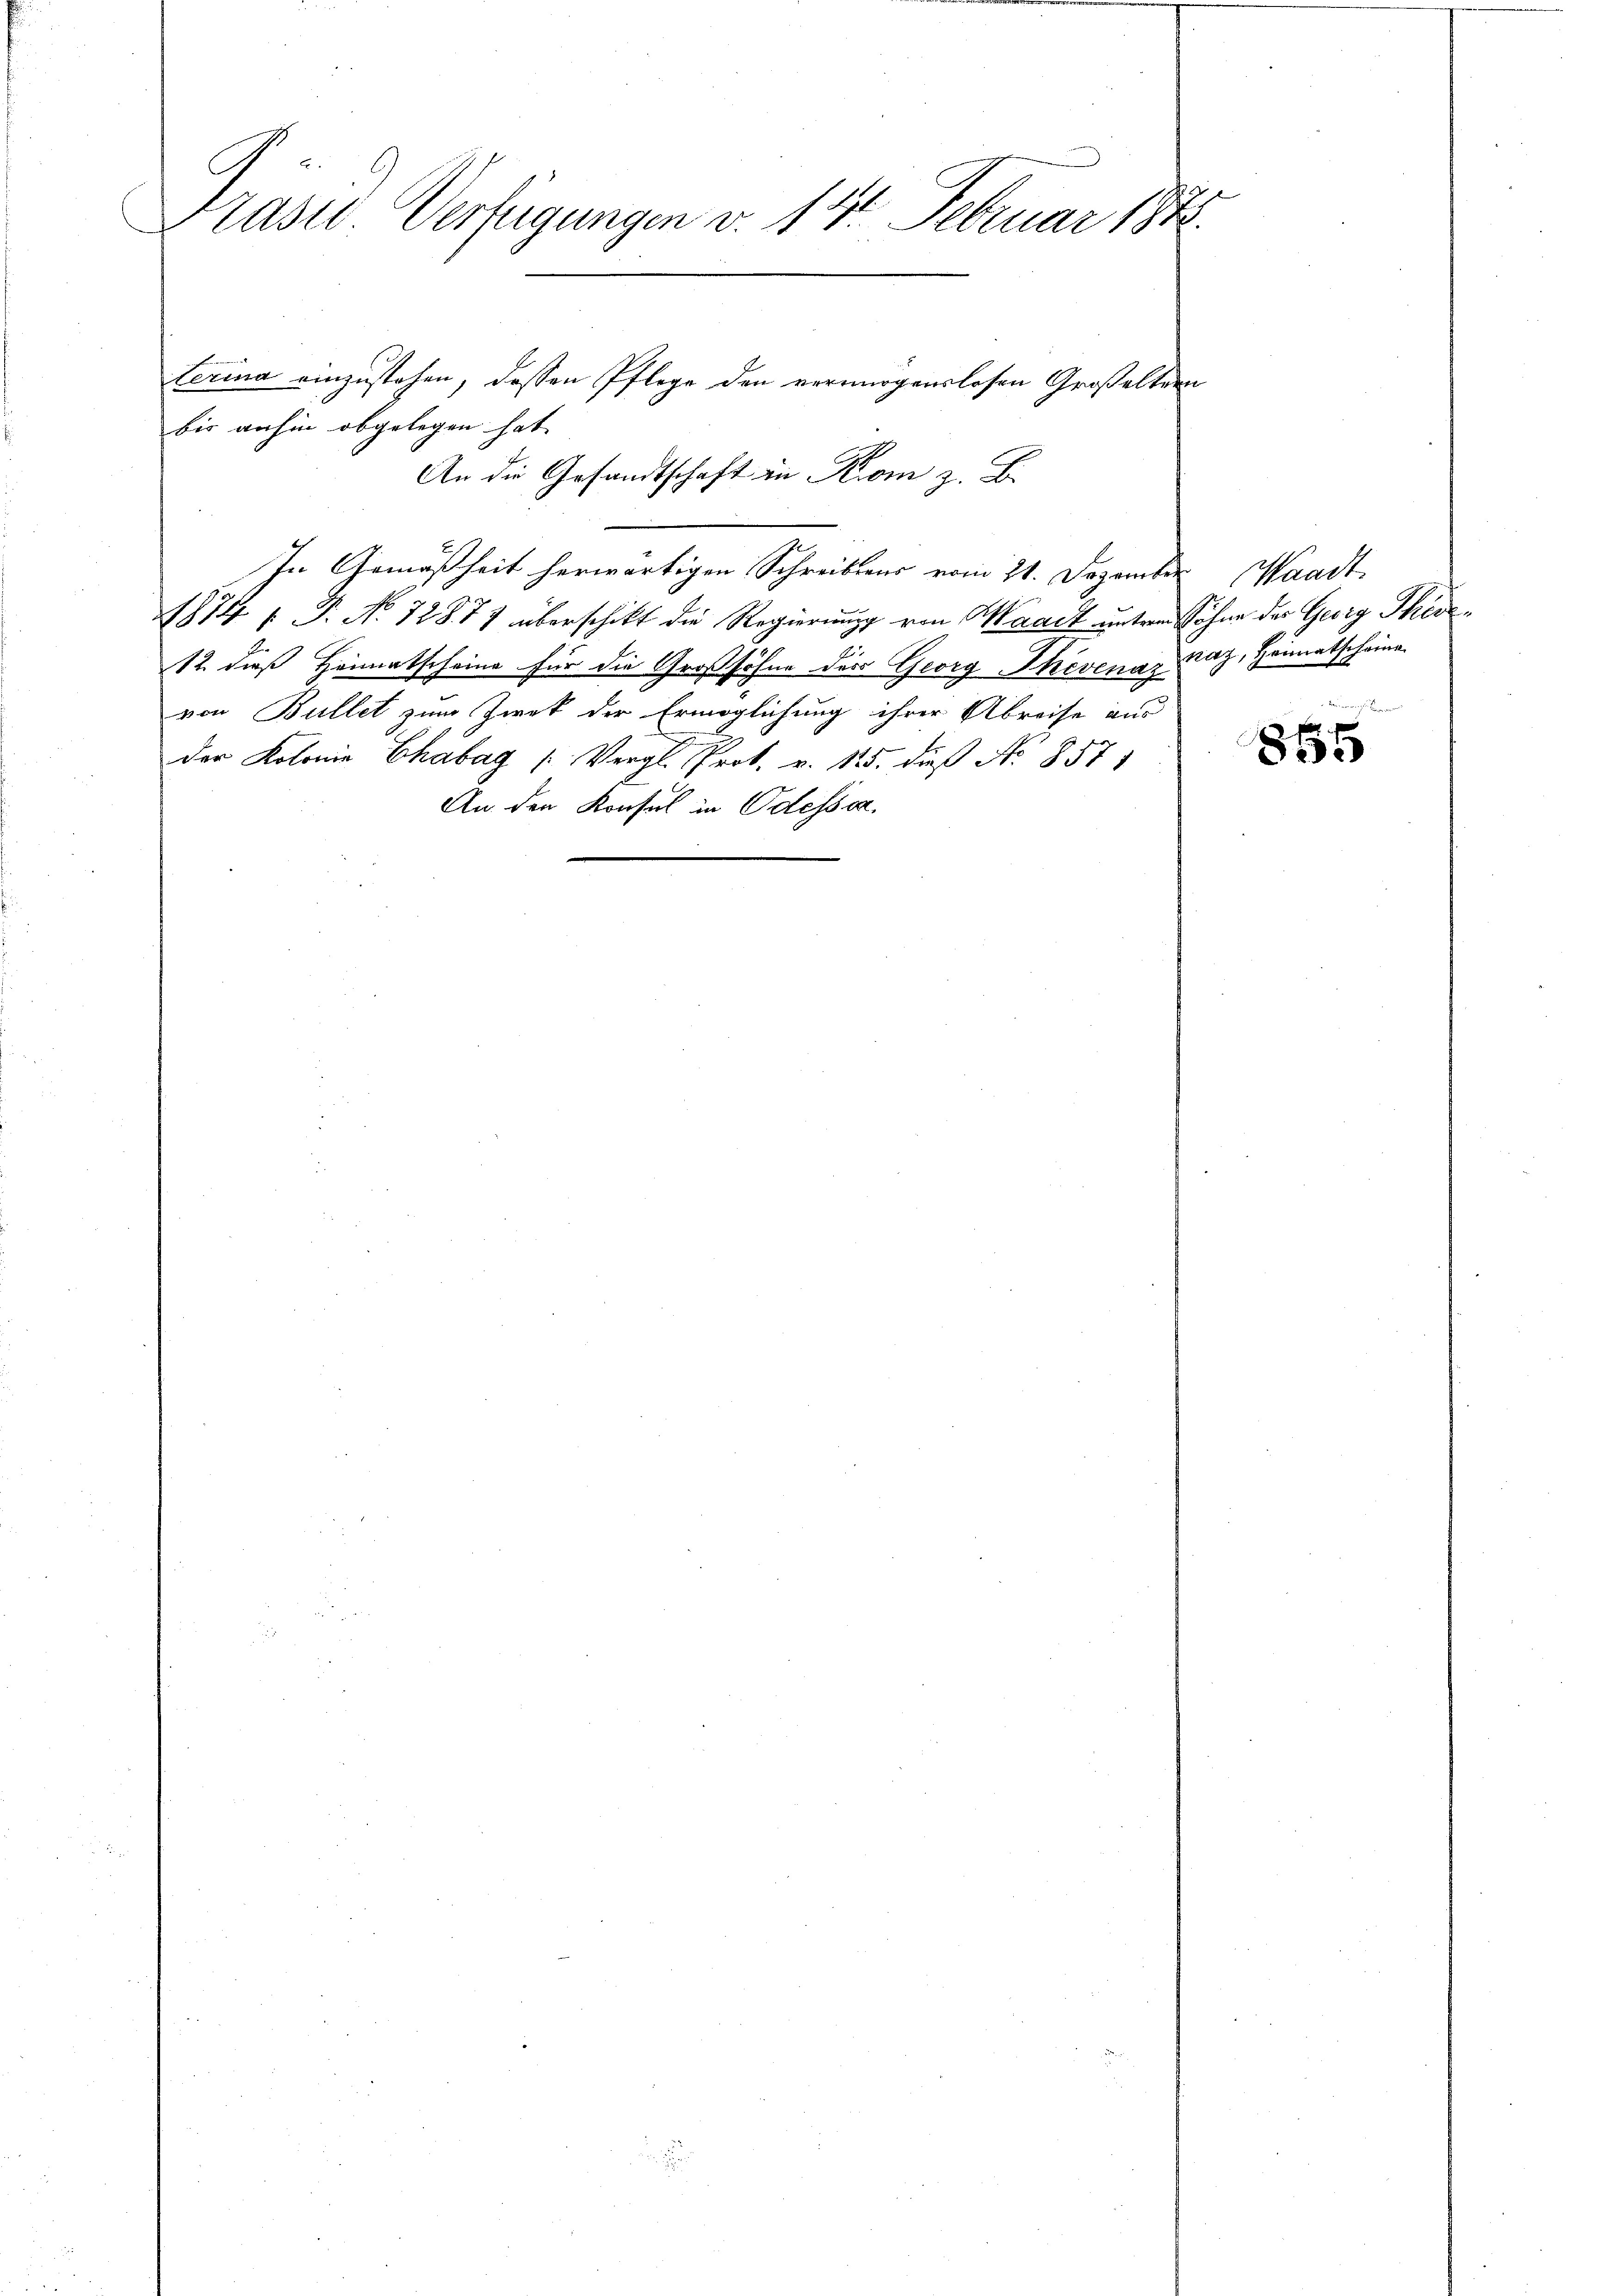
Präsid Verfügungen v. 14. Februar 1872.

bis anhin abgelegen hat.
An die Gesandtschaft zu Rom z. B.
In Gemäßheit herwärtigen Schreibens vom 21. Dezember Waadt
1874 f. P. No 72877 überschikt die Regierung von Waadt unterm Sohne der Georg Ther¬
12. dieß Heimatscheine für die Großsöhne der Georg Thevenaz Paz, Heimatscheine
von Bullet zum Zwek der Ermöglichung ihrer Abreise aus
der Kolonie Chabag [Vergl. Prok. v. 15. dieß No 857)
An den Konsul in Odessa.

terina einzustehen, dessen Pflege den vermögenslosen Großeltern

865